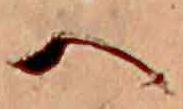
へ